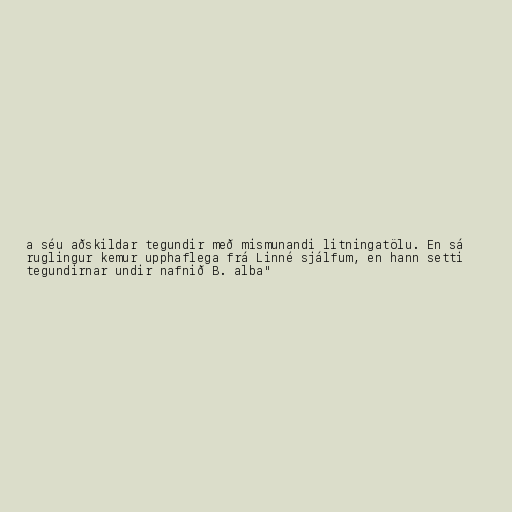
a séu aðskildar tegundir með mismunandi litningatölu. En sá
ruglingur kemur upphaflega frá Linné sjálfum, en hann setti
tegundirnar undir nafnið B. alba"